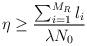
LaTeX: \begin{align*}\eta \geq \frac{\sum_{i=1}^{M_R}l_i}{\lambda N_0}\end{align*}